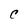
Character: C